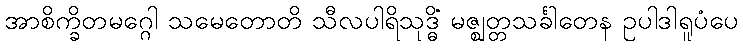
အာစိက္ခိတမဂ္ဂေါ သမေတောတိ သီလပါရိသုဒ္ဓိံ မဇ္ဈတ္တသင်္ခါတေန ဥပါဒါရူပံပေ